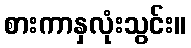
စားကာနှလုံးသွင်း။